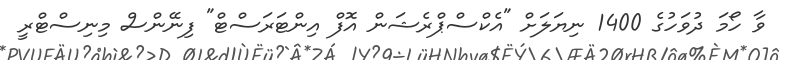
ވާ ހޯމަ ދުވަހުގެ 1400 ނިޔަލަށް "އެކްސްޕްރެޝަން އޮފް އިންޓަރަސްޓް" ފިނޭންސް މިނިސްޓްރީ